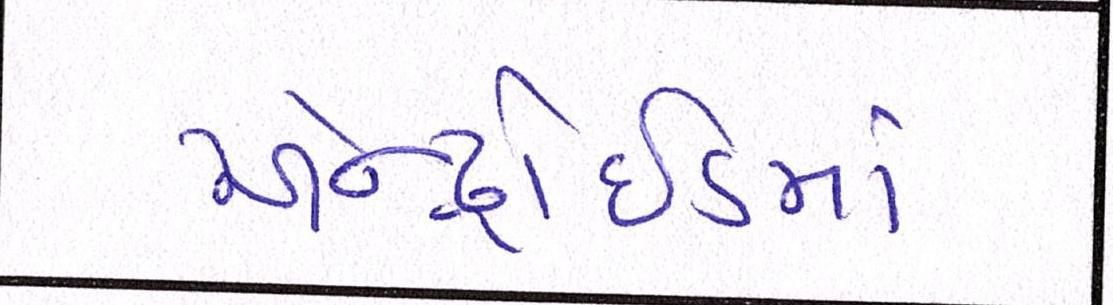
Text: એન્ડ્રોઇડમાં